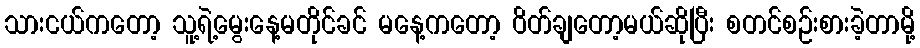
သားငယ်ကတော့ သူ့ရဲ့မွေးနေ့မတိုင်ခင် မနေ့ကတော့ ဝိတ်ချတော့မယ်ဆိုပြီး စတင်စဉ်းစားခဲ့တာမို့